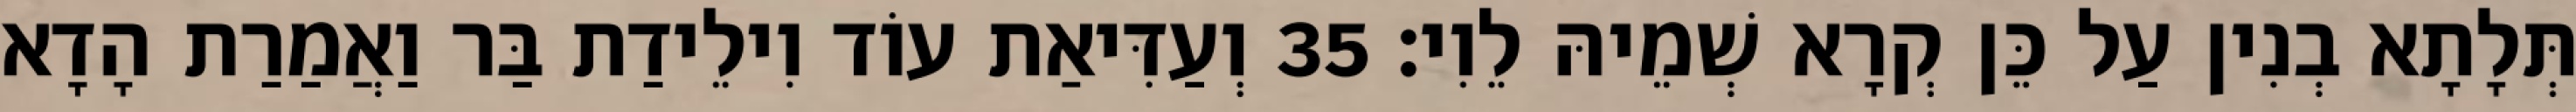
תְּלָתָא בְנִין עַל כֵּן קְרָא שְׁמֵיהּ לֵוִי׃ 35 וְעַדִּיאַת עוֹד וִילֵידַת בַּר וַאֲמַרַת הָדָא